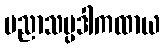
ပညာသမ္ပဒါကထာယ